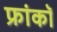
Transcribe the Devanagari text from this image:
फ्रांकॉ